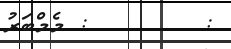
:        : މެމްބަރު